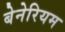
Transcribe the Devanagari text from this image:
बेनेरियम